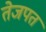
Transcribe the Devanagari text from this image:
तेजपत